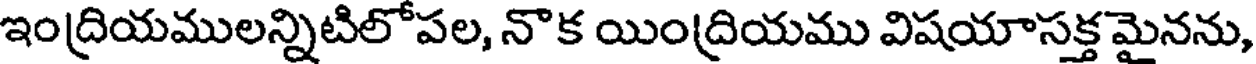
ఇంద్రియములన్నిటిలోపల, నొక యింద్రియము విషయాసక్తమైనను,